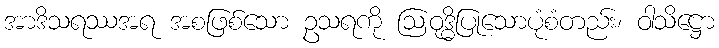
အာဒိသရဿအရ အစဖြစ်သော ဥသရကို ဩဝုဒ္ဓိပြုသောပုံစံတည်း၊ ဝါသိဋ္ဌော